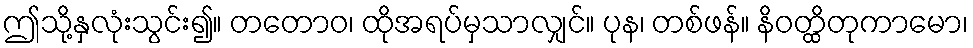
ဤသို့နှလုံးသွင်း၍။ တတောဝ၊ ထိုအရပ်မှသာလျှင်။ ပုန၊ တစ်ဖန်။ နိဝတ္ထိတုကာမော၊